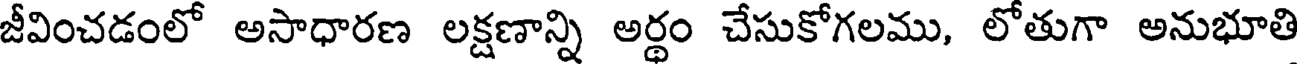
జీవించడంలో అసాధారణ లక్షణాన్ని అర్థం చేసుకోగలము, లోతుగా అనుభూతి